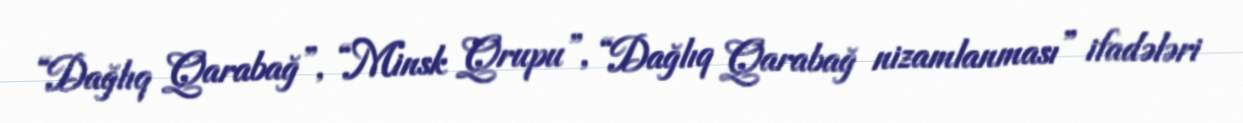
“Dağlıq Qarabağ”, “Minsk Qrupu”, “Dağlıq Qarabağ nizamlanması” ifadələri